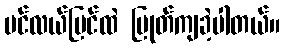
ပင်လယ်ပြင်ထဲ ပြုတ်ကျခဲ့ပါတယ်။